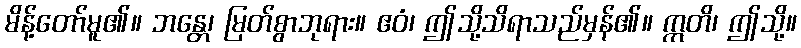
မိန့်တော်မူ၏။ ဘန္တေ၊ မြတ်စွာဘုရား။ ဧဝံ၊ ဤသို့သိရာသည်မှန်၏။ ဣတိ၊ ဤသို့။